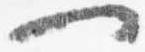
一